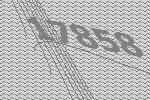
17858